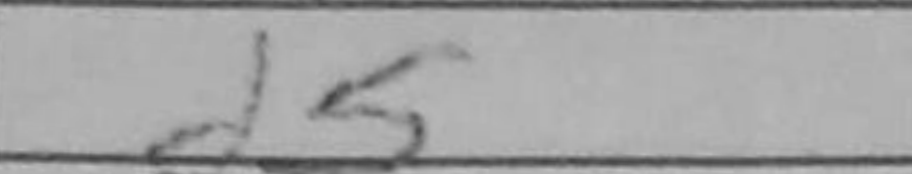
Transcription: d5